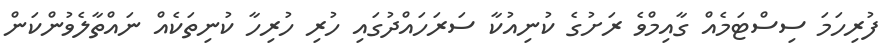
ފުރިހަމަ ސިސްޓަމެއް ގާއިމްވެ ރަށުގެ ކުނިއުކާ ސަރަހައްދުގައި ހުރި ހުރިހާ ކުނިތަކެއް ނައްތާލެވުންކަން